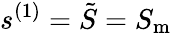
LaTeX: s^{(1)}=\tilde{S}=S_{\mathrm{m}}